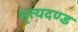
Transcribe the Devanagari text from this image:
मृत्यदण्ड